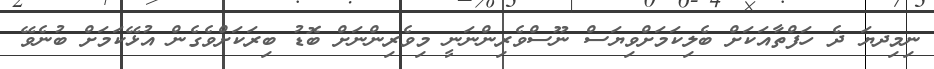
ނިމިދޔަ ދެ ހަފްތާއަކަށް ބެލިކަމަށްވިޔަސް ނޫސްވެރިންނަނީ މިވެރިންނަށް ބޮޑު ބިރަކަށްވެގެން އުޅޭކަމަށް ބުނެވޭ